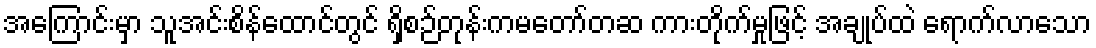
အကြောင်းမှာ သူအင်းစိန်ထောင်တွင် ရှိစဉ်တုန်းကမတော်တဆ ကားတိုက်မှုဖြင့် အချုပ်ထဲ ရောက်လာသော